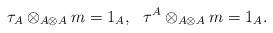
LaTeX: \begin{align*} \tau_A \otimes_{A\otimes A} m =1_A, \ \ \tau^A \otimes_{A\otimes A} m = 1_A.\end{align*}